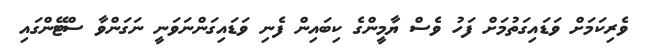
ވެރިކަމަށް ވަޑައިގަތުމަށް ފަހު ވެސް ޔާމީންގެ ކިބައިން ފެނި ވަޑައިގަންނަވަނީ ނަގަންވާ ސްޓޭންގައި